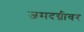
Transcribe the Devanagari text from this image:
जमदग्नीवर